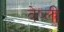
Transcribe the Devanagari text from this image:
वेष्ली